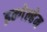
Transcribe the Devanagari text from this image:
इन्गेल्हेम